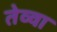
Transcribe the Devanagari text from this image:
तेव्वा